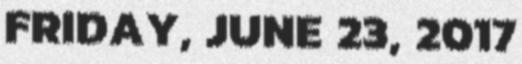
FRIDAY, JUNE 23, 2017